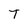
Character: T